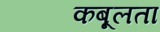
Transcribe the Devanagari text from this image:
कबूलता